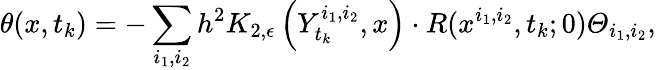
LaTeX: \theta(x,t_{k})=-\sum_{i_{1},i_{2}}h^{2}K_{2,\epsilon}\left(Y_{t_{k}}^{i_{1},i_{2}},x\right)\cdot R(x^{i_{1},i_{2}},t_{k};0)\varTheta_{i_{1},i_{2}},